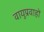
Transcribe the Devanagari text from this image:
वायुप्रवाहों